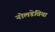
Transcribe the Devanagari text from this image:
नोलडेविया